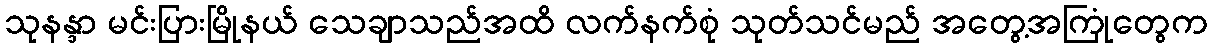
သုနန္ဒာ မင်းပြားမြိုနယ် သေချာသည်အထိ လက်နက်စုံ သုတ်သင်မည် အတွေ့အကြုံတွေက